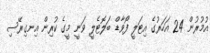
އުމުރުން 24 އަހަރުގެ އިޓަލީ ފޯވާޑް ބަލޮޓެލީ ވަނީ މީގެ ކުރިން އިނގިރޭސި